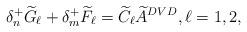
LaTeX: \begin{align*}\delta_n^+ \widetilde{G}_\ell + \delta_m^+ \widetilde{F}_\ell=\widetilde{C}_\ell \widetilde{A}^{DVD}, \ell=1,2,\end{align*}